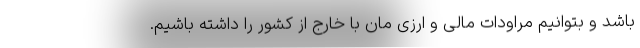
باشد و بتوانیم مراودات مالی و ارزی مان با خارج از کشور را داشته باشیم.